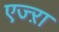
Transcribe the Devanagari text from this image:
एज्ऱा